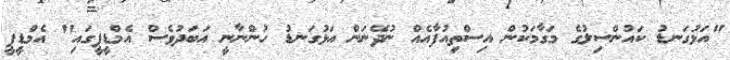
"އަޅުގަނޑު ކައުންސިލުގެ މަގާމަކުން އިސްތިއުފާއެއް ނުދޭނަން އަޅުގަނޑު ހުންނާނީ އަބަދުވެސް އެމްޑީޕީގައި" އެމްޑީޕީ